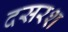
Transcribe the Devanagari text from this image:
दसरश